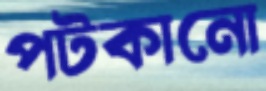
পটকানো